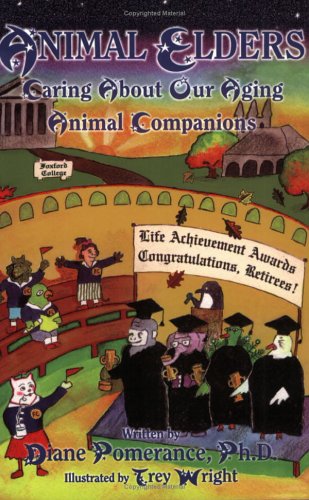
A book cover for Animal Elders: Caring About Our Aging Animal Companions (Animal Appreciation); Diane Pomerance; Crafts, Hobbies & Home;